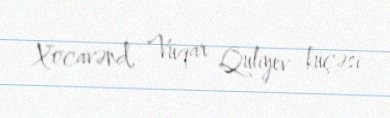
Xocavənd, Vüqar Quliyev küçəsi